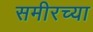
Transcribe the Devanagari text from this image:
समीरच्या